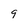
Character: 9